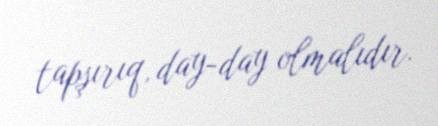
tapşırıq, day-day olmalıdır.